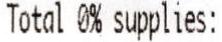
TOTAL 0% SUPPLIES: